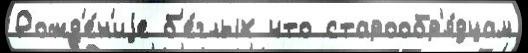
Рожд'е́н'иjе б'е́глых что старообр'я́дцам